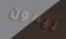
ليمون